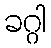
ခဂ္ဂါ